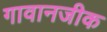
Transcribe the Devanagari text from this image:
गावानजीक